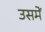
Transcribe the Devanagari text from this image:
उसमेें